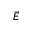
\vec { E }